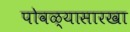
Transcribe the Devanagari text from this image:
पोवळ्यासारखा